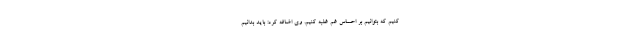
کنیم که بتوانیم بر احساس غم غلبه کنیم. وی اضافه کرد: باید بدانیم